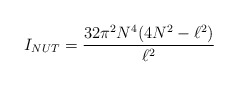
\begin{align*}I_{NUT}=\frac{32\pi ^{2}N^{4}(4N^{2}-\ell ^{2})}{\ell ^{2}} \end{align*}